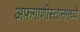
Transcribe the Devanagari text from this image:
अफगाणीस्तानमध्ये